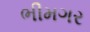
ભીમગર